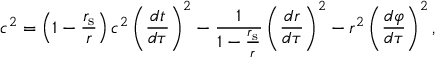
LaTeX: c ^ { 2 } = \left( 1 - { \frac { r _ { \mathrm { { s } } } } { r } } \right) c ^ { 2 } \left( { \frac { d t } { d \tau } } \right) ^ { 2 } - { \frac { 1 } { 1 - { \frac { r _ { \mathrm { { s } } } } { r } } } } \left( { \frac { d r } { d \tau } } \right) ^ { 2 } - r ^ { 2 } \left( { \frac { d \varphi } { d \tau } } \right) ^ { 2 } ,